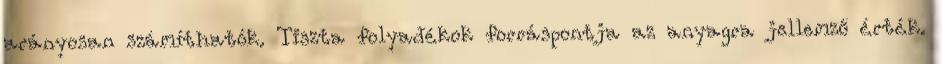
arányosan számíthatók. Tiszta folyadékok forráspontja az anyagra jellemző érték.